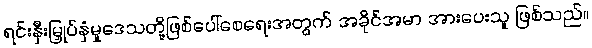
ရင်းနှီးမြှုပ်နှံမှုဒေသတို့ဖြစ်ပေါ်စေရေးအတွက် အခိုင်အမာ အားပေးသူ ဖြစ်သည်။